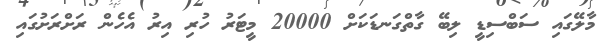
މާލޭގައި ސަބްސިޑީ ލިބޭ ގާތްގަނޑަކަށް 20000 މީޓަރު ހުރި އިރު އެހެން ރަށްރަށުގައި